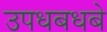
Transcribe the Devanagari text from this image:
उपधबधबे